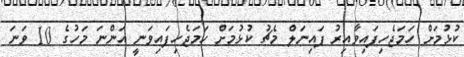
ކުޅުމަށް ހަމަޖެހިފައިވާއިރު ފައިނަލް މެޗު ކުޅުމަށް ހަމަޖެހިފައިވަނީ އަންނަ މަހުގެ 10 ވަނަ